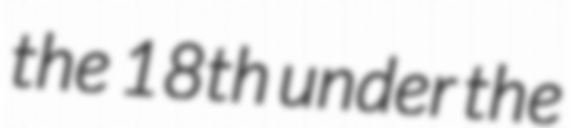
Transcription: the 18th under the